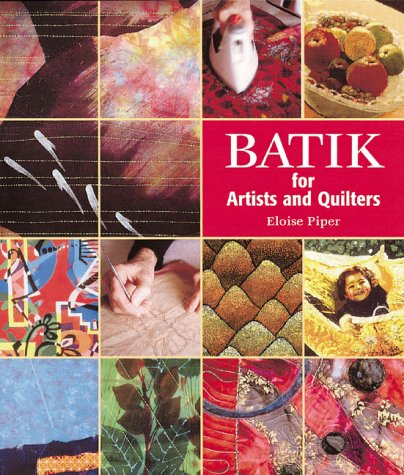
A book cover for Batik: For Artists and Quilters; Eloise Piper; Crafts, Hobbies & Home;